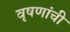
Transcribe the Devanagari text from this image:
वृषणांची